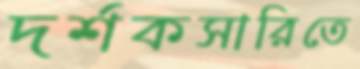
দর্শকসারিতে